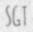
SGT